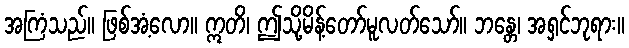
အကြံသည်။ ဖြစ်အံ့လော။ ဣတိ၊ ဤသို့မိန့်တော်မူလတ်သော်။ ဘန္တေ၊ အရှင်ဘုရား။